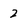
Character: 2